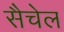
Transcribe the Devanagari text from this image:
सैचेल